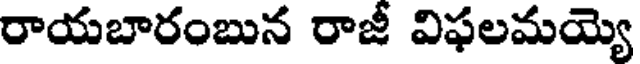
రాయబారంబున రాజీ విఫలమయ్యె